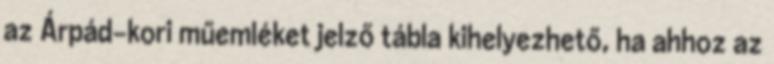
az Árpád-kori műemléket jelző tábla kihelyezhető, ha ahhoz az